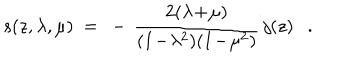
s ( z , \lambda , \mu ) ~ = ~ - \, { \frac { 2 ( \lambda \! + \! \mu ) } { ( 1 \! - \! \lambda ^ { 2 } ) ( 1 \! - \! \mu ^ { 2 } ) } } \, j ( z ) .